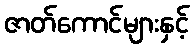
ဇာတ်ကောင်များနှင့်